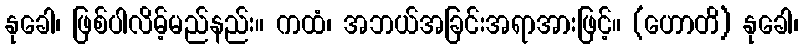
နုခေါ၊ ဖြစ်ပါလိမ့်မည်နည်း။ ကထံ၊ အဘယ်အခြင်းအရာအားဖြင့်။ (ဟောတိ) နုခေါ၊